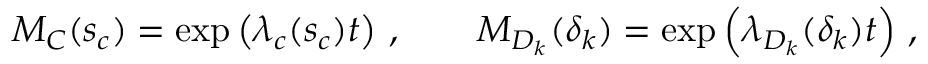
M _ { C } ( s _ { c } ) = \exp \left( \lambda _ { c } ( s _ { c } ) t \right) \, , \qquad M _ { D _ { k } } ( \delta _ { k } ) = \exp \left( \lambda _ { D _ { k } } ( \delta _ { k } ) t \right) \, ,